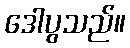
ဒေါပွသည်။